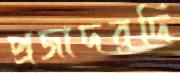
প্রজাদরদি